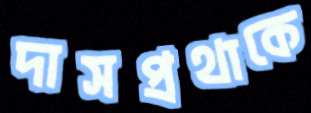
দাসপ্রথাকে